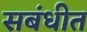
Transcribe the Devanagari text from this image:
सबंधीत